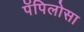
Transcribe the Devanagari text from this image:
पॅपिलोसा